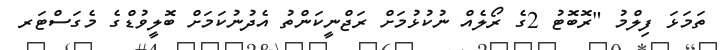
ތަމަޅަ ފިލްމު "ރޮބޮޓު 2ގެ ރޯލެއް ނުކުޅުމަށް ރަޖްނީކަންތު އެދުނުކަމަށް ބޮލީވުޑްގެ މެގަސްޓަރ